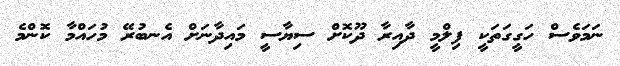
ނަމަވެސް ހަގީގަތަކީ ފިލްމީ ދާއިރާ ދޫކޮށް ސިޔާސީ މައިދާނަށް އެނބުރޭ މުހައްމާ ކޮންމެ